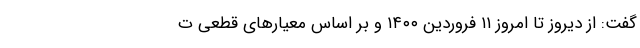
گفت: از دیروز تا امروز ۱۱ فروردین ۱۴۰۰ و بر اساس معیار‌های قطعی ت